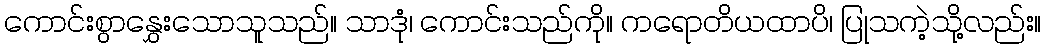
ကောင်းစွာနွှေးသောသူသည်။ သာဒုံ၊ ကောင်းသည်ကို။ ကရောတိယထာပိ၊ ပြုသကဲ့သို့လည်း။